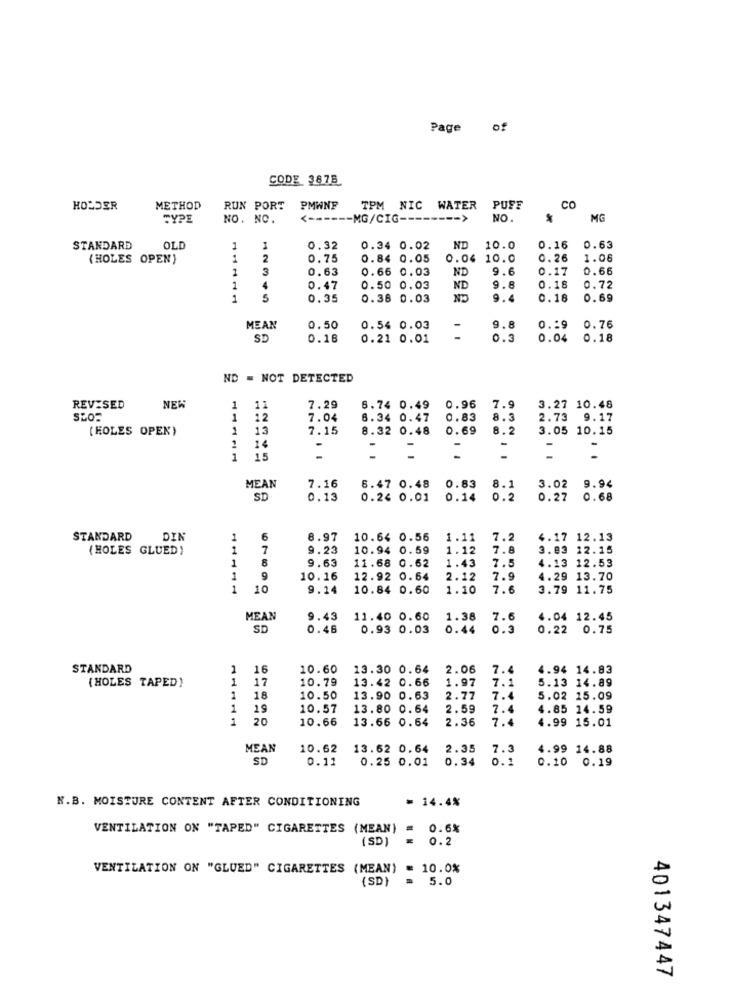
Page
of
CODE 387B
HOLDER
METHOD
RUN PORT
PMWNF
TPM NIC WATER
PUFF
CO
TYPE
NO. NO.
<---
-MG/CIG-
NO.
MG
STANDARD
OLD
0.32
0.34 0.02
ND
10.0
0.16
0.63
(HOLES OPEN)
1
2
0.75
0.84 0.05
0.04 10.0
0.26
1.06
1
3
0.63
0.66 0.03
ND
9.6
0.17
0.66
1
4
0.47
0.50 0.03
ND
9.8
0.18
0.72
1
5
0.35
0.38 0.03
9.4
0.18
0.69
MEAN
0.50
0.54 0.03
9.8
0.19
0.76
SD
0.18
0.21 0.01
0.3
0.04
0.18
ND = NOT DETECTED
REVISED
NEW
1
11
7.29
6.74 0.49
0.96
7.9
3.27 10.48
SLO-
1
12
7.04
8.34 0.47
0.83
8.3
2.73 9.17
[HOLES OPEN)
1
13
7.15
8.32 0.48
0.69
8.2
3.05 10.15
14
-
-
-
-
-
1
15
-
-
MEAN
7.16
6.47 0.48
0.83
8.1
3.02
9.94
SD
0.13
0.24 0.01
0.14
0.2
0.27
0.68
STANDARD
DIN
1
6
8.97
10.64 0.56
1.11
7.2
4.17
12.13
(HOLES GLUED)
1
7
9.23
10.94 0.59
1.12
7.8
3.83 12.15
1
8
9.63
11.68 0.62
4.13 12.53
1.43
7.5
1
9
10.16
12.92 0.64
2.12
7.9
4.29 13.70
1
10
9.14
10.84 0.60
1.10
7.6
3.79 11.75
MEAN
9.43
11.40 0.60
1.38
7.6
4.04 12.45
SD
0.46
0.93 0.03
0.44
0.3
0.22
0.75
STANDARD
1
16
10.60
13.30 0.64
2.06
7.4
4.94 14.83
(HOLES TAPED)
1
17
10.79
13.42 0.66
1.97
5.13 14.89
7.1
1
18
10.50
13.90 0.63
2.77
7.4
5.02 15.09
1
19
10.57
13.80 0.64
2.59
7.4
4.85 14.59
1
20
10.66
13.66 0.64
2.36
7.4
4.99 15.01
MEAN
10.62
13.62 0.64
2.35
7.3
4.99 14.88
SD
0.11
0.25 0.01
0.34
0.1
0.10 0.19
N.B. MOISTURE CONTENT AFTER CONDITIONING
14.4%
VENTILATION ON "TAPED" CIGARETTES (MEAN)
0.6%
(SD)
0.2
VENTILATION ON "GLUED" CIGARETTES (MEAN)
= 10.0%
(SD)
= 5.0
401347447